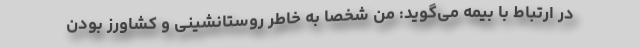
در ارتباط با بیمه می‌گوید: من شخصاً به خاطر روستانشینی و کشاورز بودن